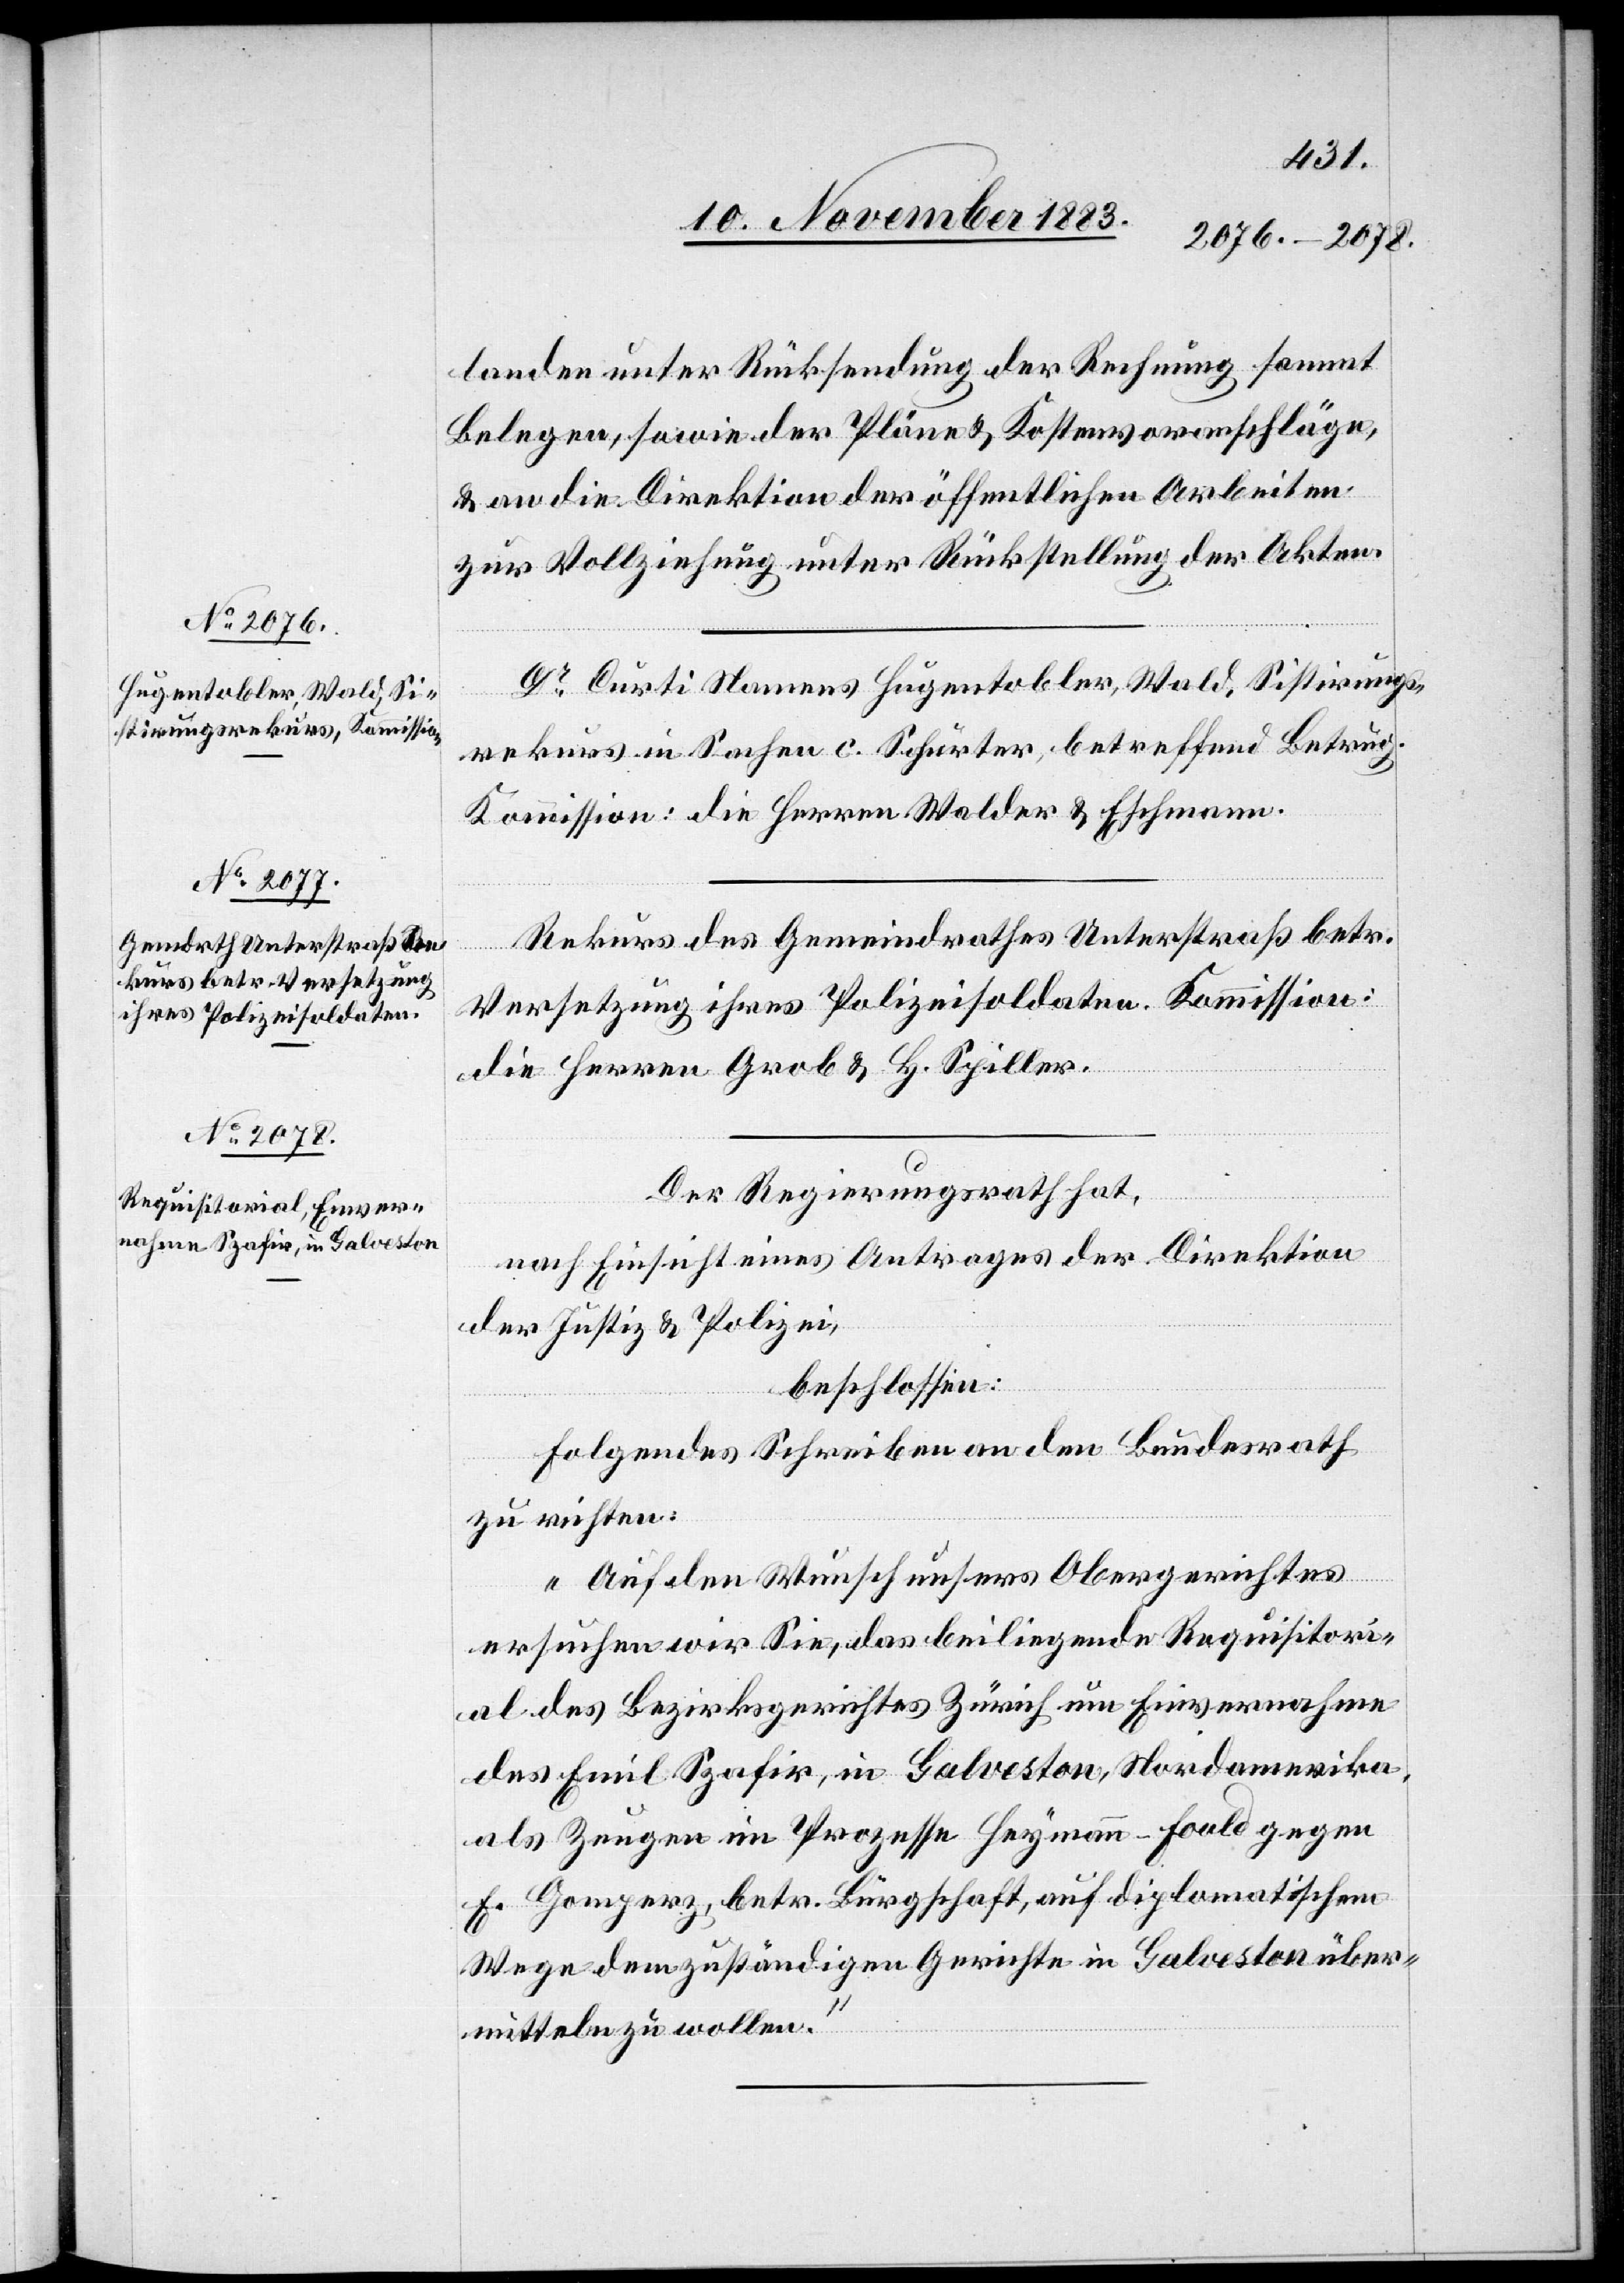
landen unter Rücksendung der Rechnung sammt
Belegen, sowie der Pläne & Kostenvoranschläge
& an die Direktion der öffentlichen Arbeiten
zur Vollziehung unter Rückstellung der Akten.
Dr Curti Namens Hugentobler, Wald Sistirungs¬
rekurs in Sachen c. Schurter, betreffend Betrug.
Kommission: die Herren Walder & Eschmann.
Rekurs des Gemeindrathes Unterstraß betr.
Versetzung ihres Polizeisoldaten. Kommission:
die Herren Grob & H. Spiller.
Der Regierungsrath hat,
nach Einsicht eines Antrages der Direktion
der Justiz & Polizei,
beschlossen:
Folgendes Schreiben an den Bundesrath
zu richten:
„Auf den Wunsch unsers Obergerichtes
ersuchen wir Sie, das beiliegende Requisitori¬
al des Bezirksgerichtes Zürich um Einvernahme
des Emil Spafir, in Galveston, Nordamerika,
als Zeugen im Prozesse Heymann-Fould gegen
F. Gampert, betr. Bürgschaft, auf diplomatischem
Wege dem zuständigen Gerichte in Galveston über¬
mitteln zu wollen.“